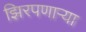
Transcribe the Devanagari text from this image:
झिरपणाऱ्या